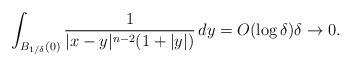
\begin{align*} \int_{B_{1/\delta}(0)} \frac{1}{|x-y|^{n-2}(1+|y|)}\, dy=O(\log \delta) \delta\to 0. \end{align*}